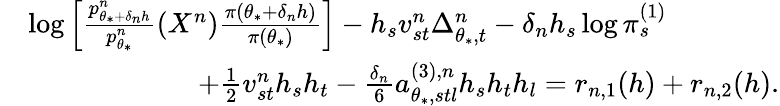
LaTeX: \begin{array}{rl}&{\log\Big[\frac{p_{\theta_{*}+\delta_{n}h}^{n}}{p_{\theta_{*}}^{n}}(X^{n})\frac{\pi(\theta_{*}+\delta_{n}h)}{\pi(\theta_{*})}\Big]-h_{s}v_{st}^{n}\Delta_{\theta_{*},t}^{n}-\delta_{n}h_{s}\log\pi_{s}^{(1)}}\\ &{\qquad\qquad\qquad+\frac{1}{2}v_{st}^{n}h_{s}h_{t}-\frac{\delta_{n}}{6}a_{\theta_{*},stl}^{(3),n}h_{s}h_{t}h_{l}=r_{n,1}(h)+r_{n,2}(h).}\end{array}